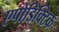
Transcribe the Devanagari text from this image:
एपोडिक्टिक